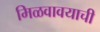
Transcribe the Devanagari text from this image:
मिळवावयाची